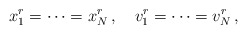
\begin{align*}x^r_1 = \cdots = x^r_N\,, \quad v_1^r = \cdots = v_N^r\,,\end{align*}